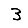
Digit: 3